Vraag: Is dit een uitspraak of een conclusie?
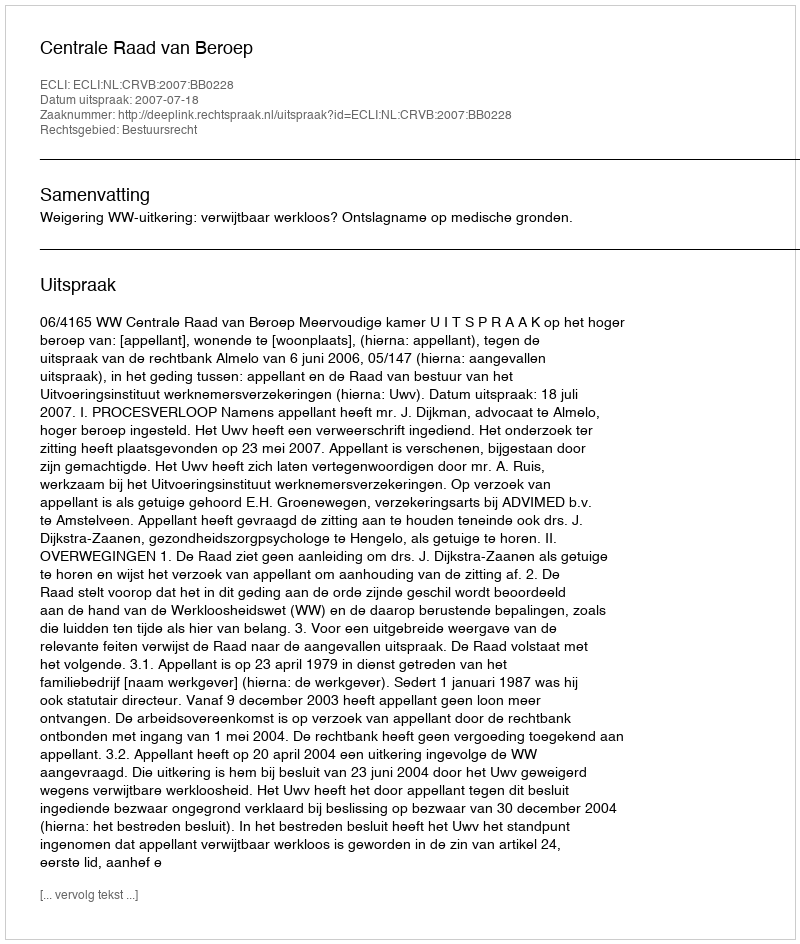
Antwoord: Uitspraak